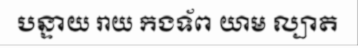
បន្ទាយ រាយ កងទ័ព យាម ល្បាត